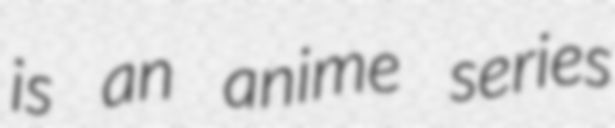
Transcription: is an anime series